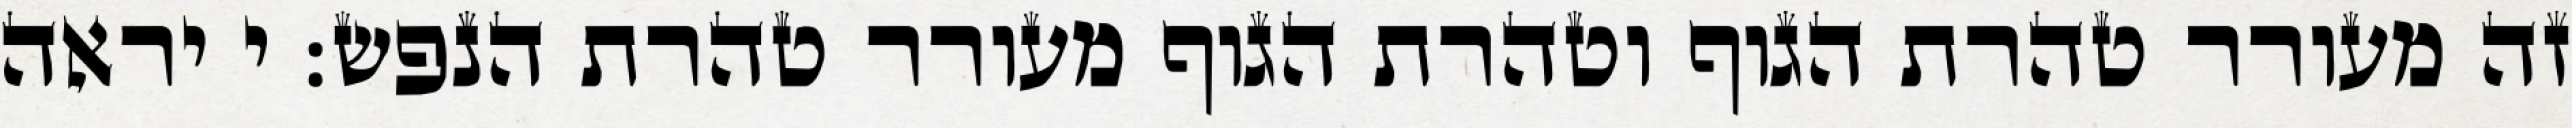
זה מעורר טהרת הגוף וטהרת הגוף מעורר טהרת הנפש: י יראה